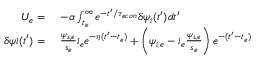
\begin{array} { r l } { U _ { e } = } & { \ - \alpha \int _ { t _ { e } } ^ { \infty } e ^ { - t ^ { \prime } / { \tau _ { e c o n } } } \delta \psi _ { i } ( t ^ { \prime } ) d t ^ { \prime } } \\ { \delta \psi i ( t ^ { \prime } ) = } & { \ \frac { \psi _ { s , e } } { s _ { e } } i _ { e } e ^ { - \eta ( t ^ { \prime } - t _ { e } ) } + \left( \psi _ { i , e } - i _ { e } \frac { \psi _ { s , e } } { s _ { e } } \right) e ^ { - ( t ^ { \prime } - t _ { e } ) } } \end{array}